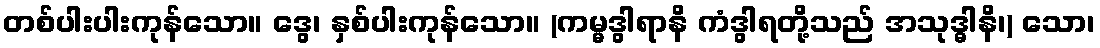
တစ်ပါးပါးကုန်သော။ ဒွေ၊ နှစ်ပါးကုန်သော။ (ကမ္မဒွါရာနိ ကံဒွါရတို့သည် အသုဒ္ဓါနိ၊) သော၊